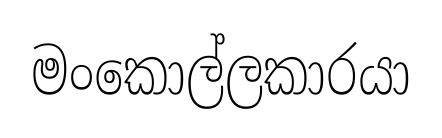
මංකොල්ලකාරයා